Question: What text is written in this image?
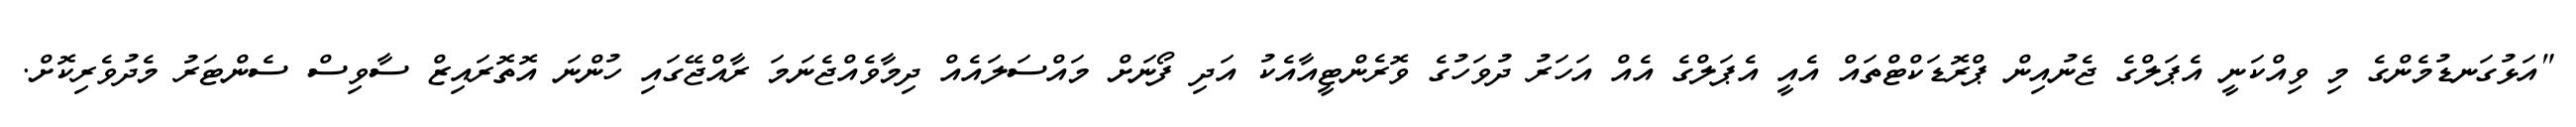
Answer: "އަޅުގަނޑުމެންގެ މި ވިއްކަނީ އެޕަލްގެ ޖެނުއިން ޕްރޮޑަކްޓްތައް އެއީ އެޕަލްގެ އެއް އަހަރު ދުވަހުގެ ވޮރެންޓީއާއެކު އަދި ފޯނަށް މައްސަލައެއް ދިމާވެއްޖެނަމަ ރާއްޖޭގައި ހުންނަ އޮތޮރައިޒް ސާވިސް ސެންޓަރު މެދުވެރިކޮށް.